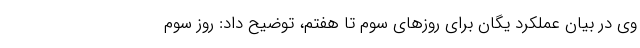
وی در بیان عملکرد یگان برای روز‌های سوم تا هفتم، توضیح داد: روز سوم